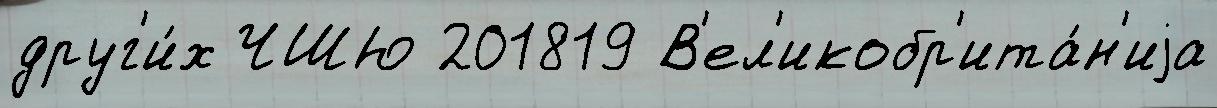
друг'и́х ЧШЮ 201819 В'ел'икобр'ита́н'иjа